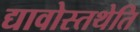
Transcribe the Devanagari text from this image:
द्यावोस्तथेति